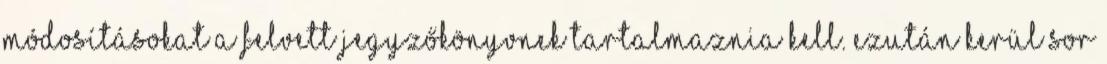
módosításokat a felvett jegyzőkönyvnek tartalmaznia kell. Ezután kerül sor